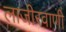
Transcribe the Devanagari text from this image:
लाजीरवाणी